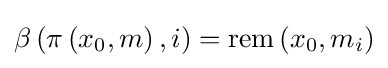
\beta \left(\pi \left(x_{0},m\right),i\right)=\mathrm {rem} \left(x_{0},m_{i}\right)